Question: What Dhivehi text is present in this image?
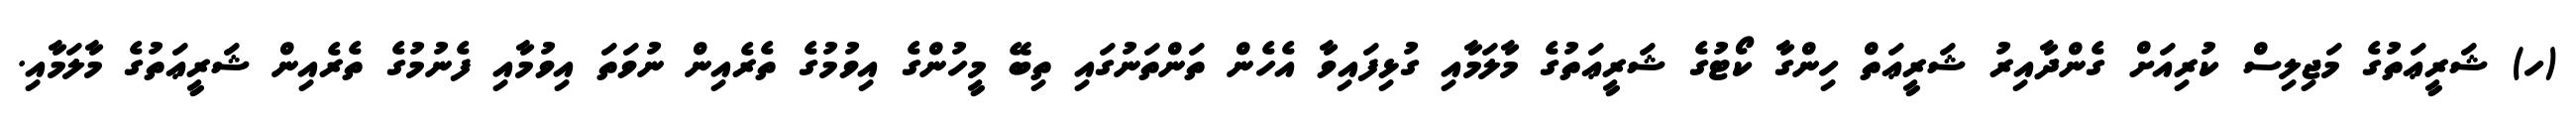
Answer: (ހ) ޝަރީޢަތުގެ މަޖިލިސް ކުރިއަށް ގެންދާއިރު ޝަރީޢަތް ހިންގާ ކޯޓުގެ ޝަރީޢަތުގެ މާލަމާއި ގުޅިފައިވާ އެހެން ތަންތަނުގައި ތިބޭ މީހުންގެ އިވުމުގެ ތެރެއިން ނުވަތަ އިވުމާއި ފެނުމުގެ ތެރެއިން ޝަރީޢަތުގެ މާލަމާއި.